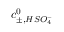
c _ { \pm , H S O _ { 4 } ^ { - } } ^ { 0 }